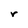
Character: r